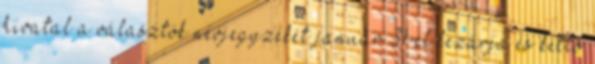
hivatal a választók névjegyzékét január 31-el lezárja és kettő